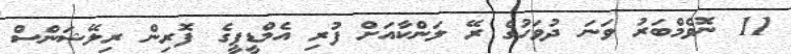
11 ނޮވެމްބަރު ވަނަ ދުވަހުގެ ރޭ ލަންކާއަށް ފުރި އެމްޑީޕީގެ ފޮރިން ރިލޭޝަންސް